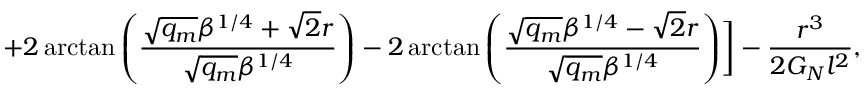
+ 2 \arctan \left( \frac { \sqrt { q _ { m } } \beta ^ { 1 / 4 } + \sqrt { 2 } r } { \sqrt { q _ { m } } \beta ^ { 1 / 4 } } \right) - 2 \arctan \left( \frac { \sqrt { q _ { m } } \beta ^ { 1 / 4 } - \sqrt { 2 } r } { \sqrt { q _ { m } } \beta ^ { 1 / 4 } } \right) \biggr ] - \frac { r ^ { 3 } } { 2 G _ { N } l ^ { 2 } } ,